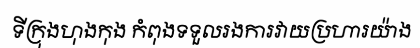
ទីក្រុងហុងកុង កំពុងទទួលរងការវាយប្រហារយ៉ាង